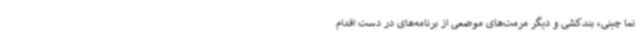
نما چینی، بندکشی و دیگر مرمت‌های موضعی از برنامه‌های در دست اقدام